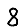
Digit: 8